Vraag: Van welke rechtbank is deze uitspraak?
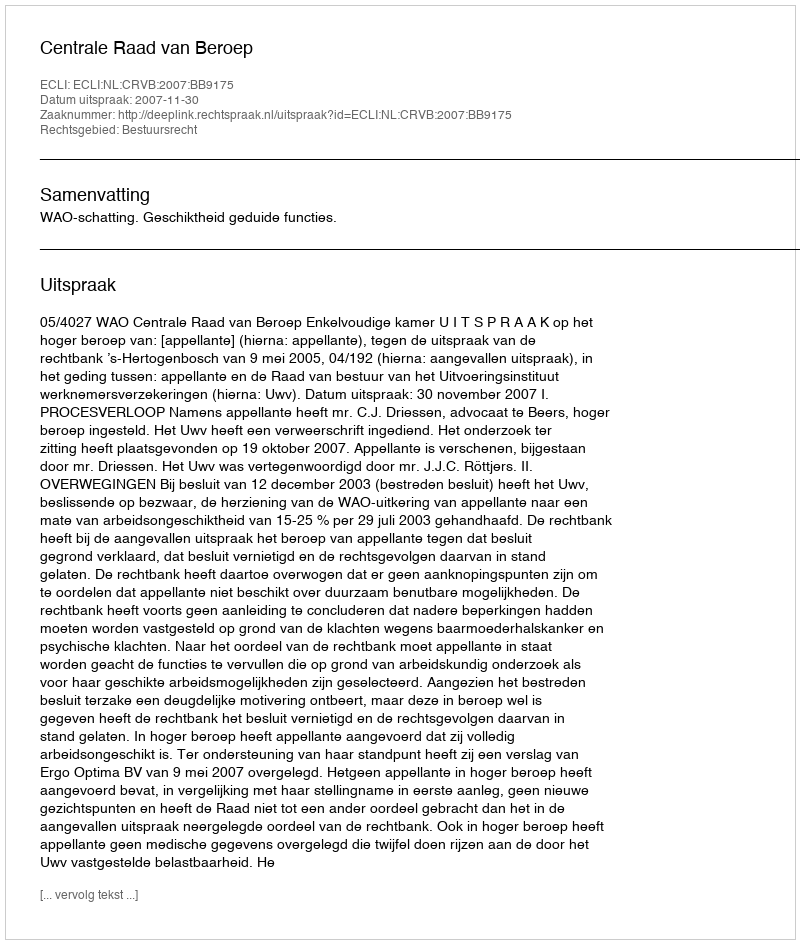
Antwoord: Centrale Raad van Beroep